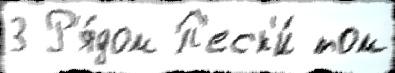
3 Р'я́дом П'еск'и́ том